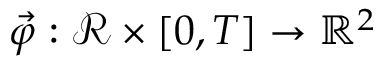
\vec { \varphi } : \mathscr { R } \times [ 0 , T ] \to { \mathbb R } ^ { 2 }